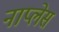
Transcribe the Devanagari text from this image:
नाप्लेस